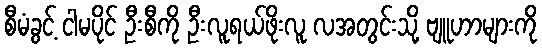
စီမံခွင့် ငါမပိုင် ဦးစီကို ဦးလူရယ်ဖိုးလူ လအတွင်းသို့ ဗျူဟာများကို